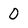
Character: 0